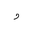
Letter: _waw